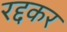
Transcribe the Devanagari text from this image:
रद्दकर